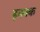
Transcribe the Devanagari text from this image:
हक्क्क